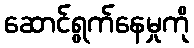
ဆောင်ရွက်နေမှုကို